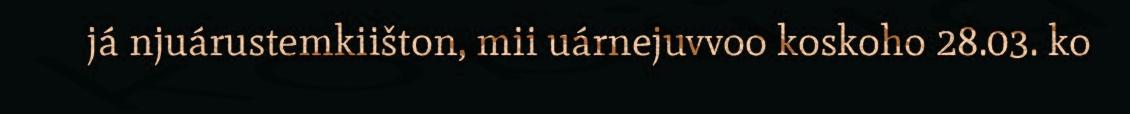
já njuárustemkiišton, mii uárnejuvvoo koskoho 28.03. ko